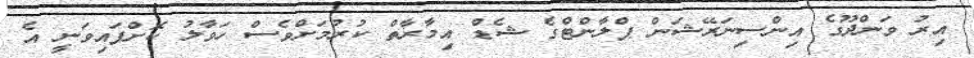
އިރު ވަންދޫގެ އިންސިނަރޭޝަން ޕްލާންޓްގެ ޝެޑް އިމާރާތް ކުރުމަށްވެސް ހަވާލު ކޮށްފައިވަނީ އެ